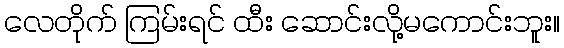
လေတိုက် ကြမ်းရင် ထီး ဆောင်းလို့မကောင်းဘူး။